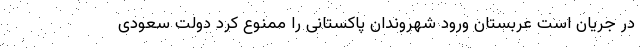
در جریان است عربستان ورود شهروندان پاکستانی را ممنوع کرد دولت سعودی